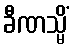
ခီဏသ္မိံ